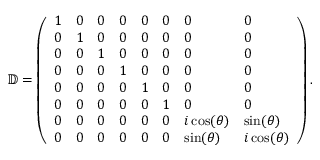
\mathbb { D } = \left( \begin{array} { l l l l l l l l } { 1 } & { 0 } & { 0 } & { 0 } & { 0 } & { 0 } & { 0 } & { 0 } \\ { 0 } & { 1 } & { 0 } & { 0 } & { 0 } & { 0 } & { 0 } & { 0 } \\ { 0 } & { 0 } & { 1 } & { 0 } & { 0 } & { 0 } & { 0 } & { 0 } \\ { 0 } & { 0 } & { 0 } & { 1 } & { 0 } & { 0 } & { 0 } & { 0 } \\ { 0 } & { 0 } & { 0 } & { 0 } & { 1 } & { 0 } & { 0 } & { 0 } \\ { 0 } & { 0 } & { 0 } & { 0 } & { 0 } & { 1 } & { 0 } & { 0 } \\ { 0 } & { 0 } & { 0 } & { 0 } & { 0 } & { 0 } & { i \cos ( \theta ) } & { \sin ( \theta ) } \\ { 0 } & { 0 } & { 0 } & { 0 } & { 0 } & { 0 } & { \sin ( \theta ) } & { i \cos ( \theta ) } \end{array} \right) .